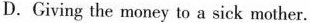
D.Giving the money to a sick mother.